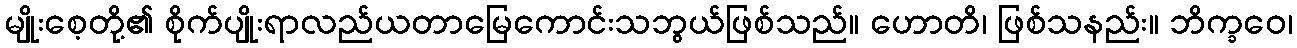
မျိုးစေ့တို့၏ စိုက်ပျိုးရာလည်ယတာမြေကောင်းသဘွယ်ဖြစ်သည်။ ဟောတိ၊ ဖြစ်သနည်း။ ဘိက္ခဝေ၊